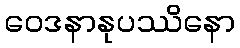
ဝေဒနာနုပဿိနော